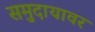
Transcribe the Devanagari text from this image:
समुदायावर